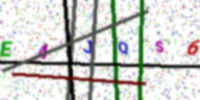
Text: E4JQS6